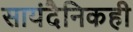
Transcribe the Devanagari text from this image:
सायंदैनिकही